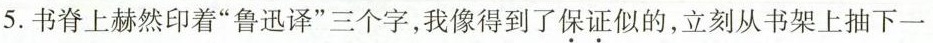
5.书脊上赫然印着”鲁迅译”三个字，我像得到了保证似的，立刻从书架上抽下一